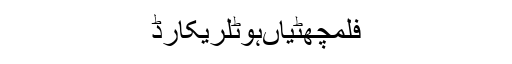
فلمچھٹیاںہوٹلریکارڈ